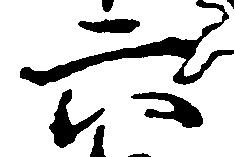
六